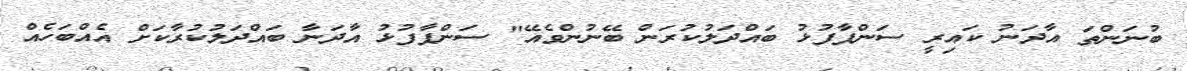
ބުނަންތަ އާދަނު ކައިރީ ސަންޕާފުޅު ބައްދަލުކުރަން ބޭނުންވެއޭ" ސަންޕާފުޅު އާދަނާ ބައްދަލުކުރާކަށް އެއްބަހެއް